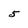
Character: 5